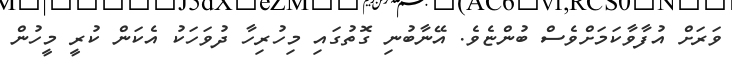
ވަރަށް އުފާވާކަމަށްވެސް ބުންޏެވެ. އޭނާބުނި ގޮތުގައި މިހުރިހާ ދުވަހަކު އެކަން ކުރީ މީހުން